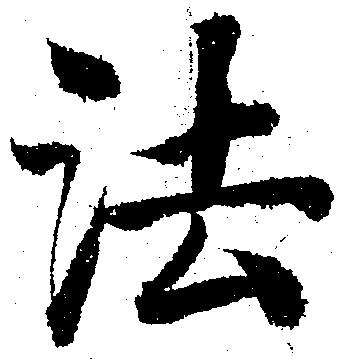
法